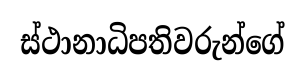
ස්ථානාධිපතිවරුන්ගේ